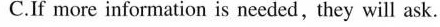
C.If more information is needed,they will ask.